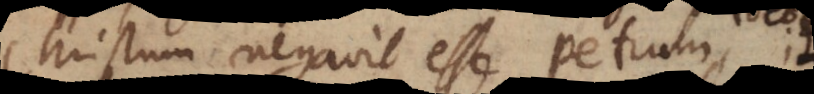
Christum negavit esse Petrum, er